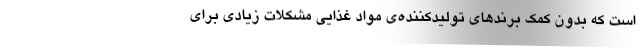
است که بدون کمک برندهای تولید‌کننده‌ی مواد غذایی مشکلات زیادی برای